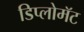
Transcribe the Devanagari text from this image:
डिप्लोमॅट